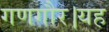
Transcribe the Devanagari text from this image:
गणगौर।यह